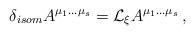
LaTeX: \begin{align*}\delta_{isom} A^{\mu_1\ldots\mu_s}={\cal L}_\xi A^{\mu_1\ldots\mu_s}\,,\end{align*}